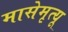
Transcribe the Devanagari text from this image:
मासेमृत्यू